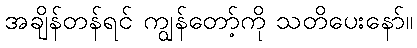
အချိန်တန်ရင် ကျွန်တော့်ကို သတိပေးနော်။